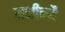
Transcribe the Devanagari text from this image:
मशीनहै